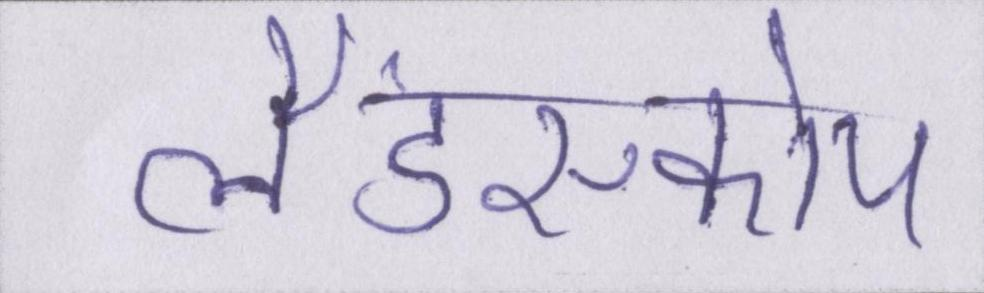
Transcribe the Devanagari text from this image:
लैंडस्कोप